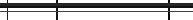
٩٥